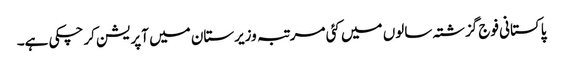
پاکستانی فوج گزشتہ سالوں میں کئی مرتبہ وزیرستان میں آپریشن کرچکی ہے۔